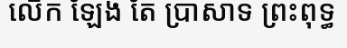
លើក ឡែង តែ ប្រាសាទ ព្រះពុទ្ធ